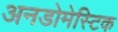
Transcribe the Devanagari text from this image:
अनडोमेस्टिक